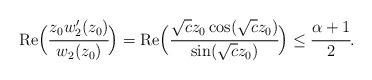
LaTeX: \begin{align*}{\rm Re}\Big(\cfrac{z_0w'_2(z_0)}{w_2(z_0)}\Big)= {\rm Re}\Big(\cfrac{\sqrt{c}z_0\cos(\sqrt{c}z_0)}{\sin(\sqrt{c}z_0)}\Big)\le \cfrac{\alpha+1}{2}.\end{align*}